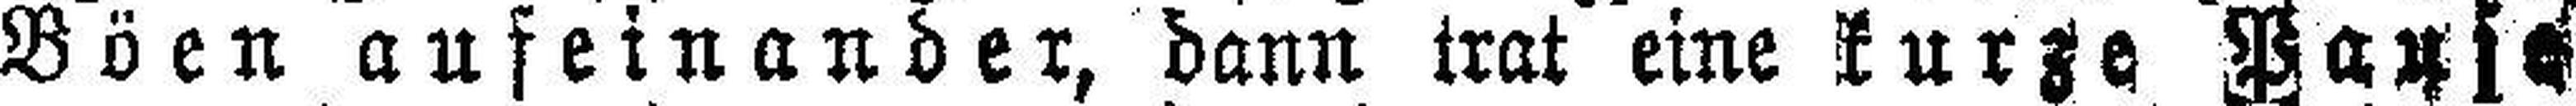
Böen aufeinander, dann trat eine kurze Pause